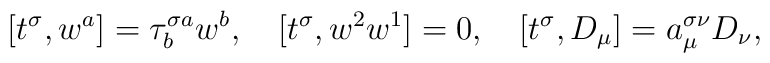
[t^\sigma, w^a]=\tau^{\sigma a}_bw^b,\quad [t^\sigma, w^2w^1]=0,\quad [t^\sigma, D_\mu]=a^{\sigma \nu}_\mu D_\nu,